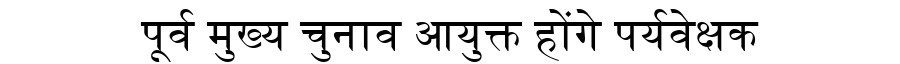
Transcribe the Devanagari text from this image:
पूर्व मुख्य चुनाव आयुक्त होंगे पर्यवेक्षक